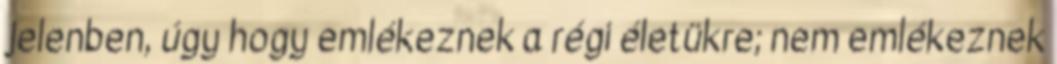
jelenben, úgy hogy emlékeznek a régi életükre; nem emlékeznek